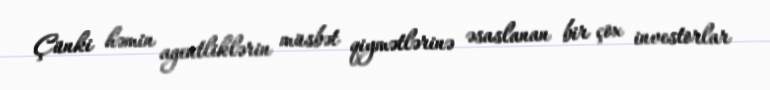
Çünki həmin agentliklərin müsbət qiymətlərinə əsaslanan bir çox investorlar